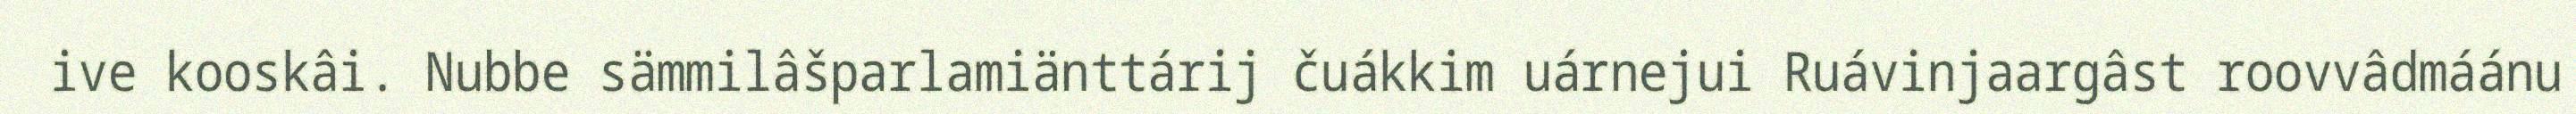
ive kooskâi. Nubbe sämmilâšparlamiänttárij čuákkim uárnejui Ruávinjaargâst roovvâdmáánu